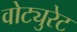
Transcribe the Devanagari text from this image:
वोट्युरेट